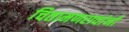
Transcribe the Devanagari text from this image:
चितामणरावांनी